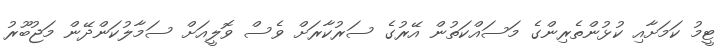
ޓީމު ކަމަށާއި ކުޅުންތެރިންގެ މަސައްކަތުން އޭރުގެ ސަރުކާރަށް ވެސް ވޮލީއަށް ސަމާލުކަންދޭން މަޖުބޫރު